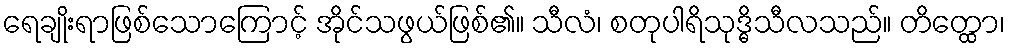
ရေချိုးရာဖြစ်သောကြောင့် အိုင်သဖွယ်ဖြစ်၏။ သီလံ၊ စတုပါရိသုဒ္ဓိသီလသည်။ တိတ္ထော၊